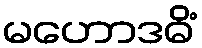
မဟောဒဓိံ